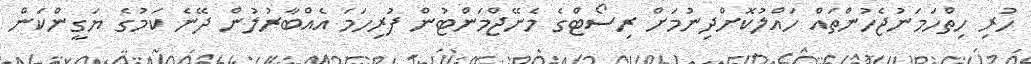
ހުރި ހިތްހަމަނުޖެހުންތައް ހައްލުކޮށްދިނުމަށް ރިސޯޓްގެ މެނޭޖްމަންޓުން ފުރިހަމަ އެއްބާރުލުން ދޭނެ ކަމުގެ ޔަގީންކަން